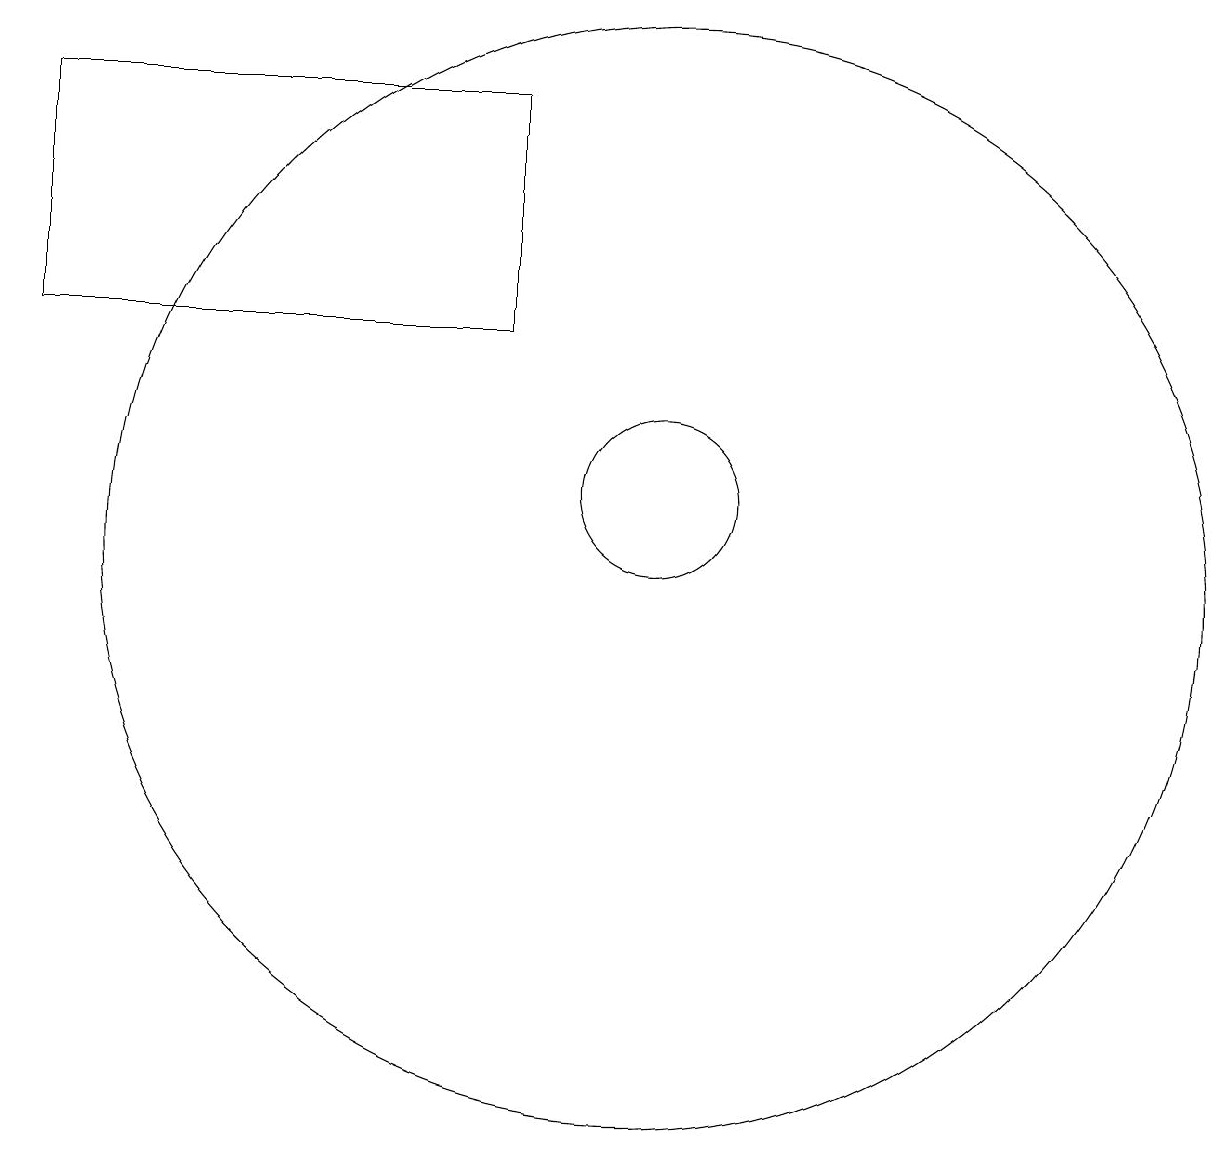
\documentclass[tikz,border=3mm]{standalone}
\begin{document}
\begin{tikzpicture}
\draw (3,14) rectangle (9,17);
\draw (11,11) circle (7);
\draw (11,12) circle (1);
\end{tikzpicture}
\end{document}